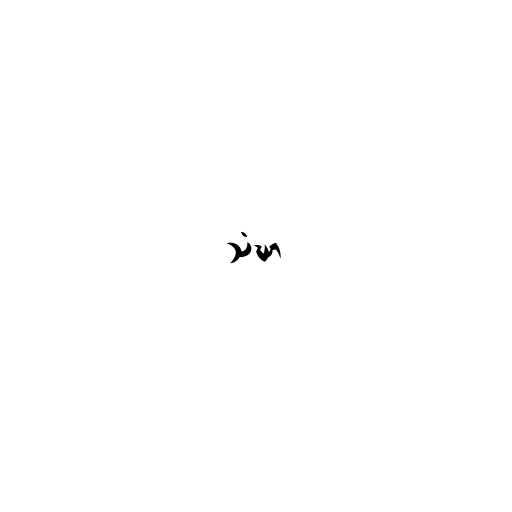
သံဃာ